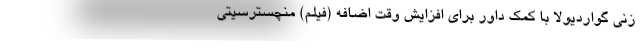
زنی گواردیولا با کمک داور برای افزایش وقت اضافه (فیلم) منچستر‌سیتی